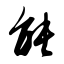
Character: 能